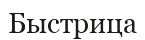
Быстрица